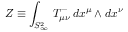
Z \equiv \int _ { S _ { \infty } ^ { 2 } } \, T _ { \mu \nu } ^ { - } \, d x ^ { \mu } \wedge d x ^ { \nu }